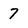
Character: 7